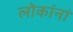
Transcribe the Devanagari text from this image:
लोकांनां